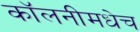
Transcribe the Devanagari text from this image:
कॉलनीमधेच